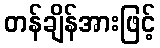
တန်ချိန်အားဖြင့်